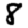
Digit: 8